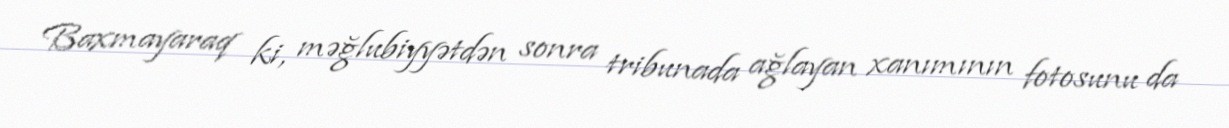
Baxmayaraq ki, məğlubiyyətdən sonra tribunada ağlayan xanımının fotosunu da